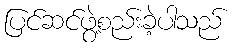
ပြင်ဆင်ဖွဲ့စည်းခဲ့ပါသည်